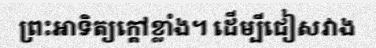
ព្រះអាទិត្យក្តៅខ្លាំង។ ដើម្បីជៀសវាង